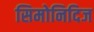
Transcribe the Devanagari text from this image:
सिमोनिदिज